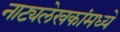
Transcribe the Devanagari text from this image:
नाट्यलेखकांमध्ये